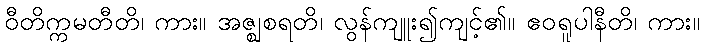
ဝီတိက္ကမတီတိ၊ ကား။ အဇ္ဈစရတိ၊ လွန်ကျူး၍ကျင့်၏။ ဧဝရူပါနီတိ၊ ကား။